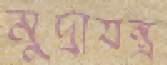
মুদ্রাযন্ত্র